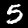
Label: 5